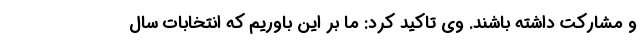
و مشارکت داشته باشند. وی تاکید کرد: ما بر این باوریم که انتخابات سال